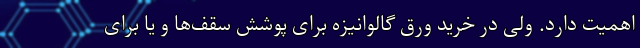
اهمیّت دارد. ولی در خرید ورق گالوانیزه برای پوشش سقف‌ها و یا برای‌